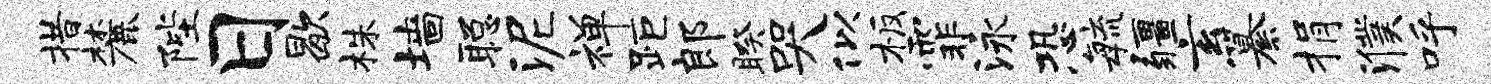
措麓陛日歇株墙聪泥禅距郎睽哭似板霏泳恐敏疆玄纂捐濮呼